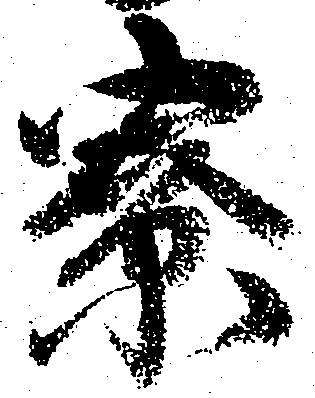
寮